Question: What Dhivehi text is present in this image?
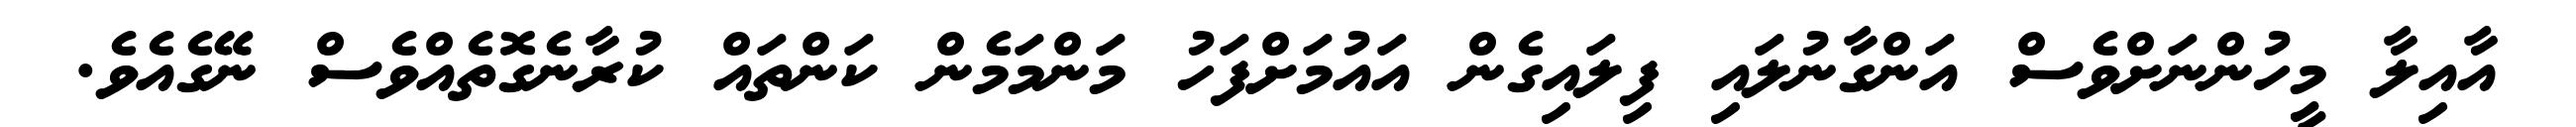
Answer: އާއިލާ މީހުންނަށްވެސް އަންގާނުލައި ފިލައިގެން އައުމަށްފަހު މަންމަމެން ކަންތައް ކުރާނެގޮތެއްވެސް ނޭގެއެވެ.